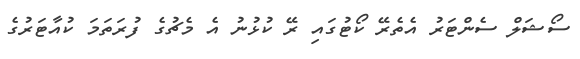
ސޯޝަލް ސެންޓަރު އެތެރޭ ކޯޓުގައި ރޭ ކުޅުނު އެ މެޗުގެ ފުރަތަމަ ކުއާޓަރުގެ